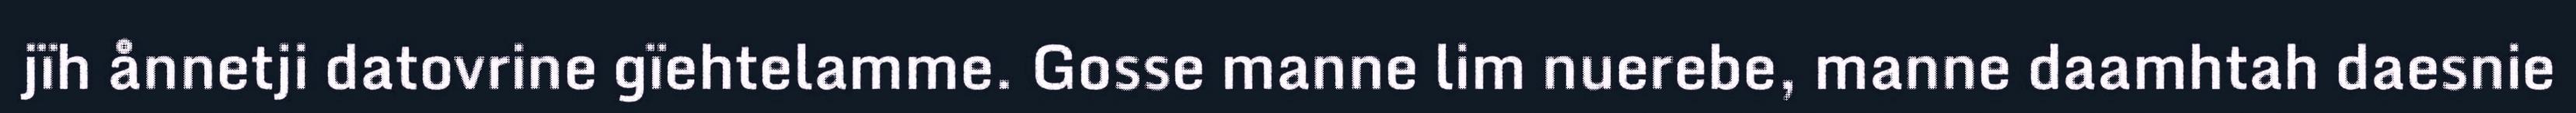
jïh ånnetji datovrine gïehtelamme. Gosse manne lim nuerebe, manne daamhtah daesnie